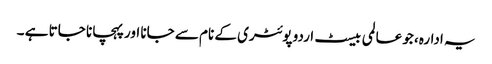
یہ ادارہ، جو عالمی بیسٹ اردو پوئٹری کے نام سے جانا اور پہچانا جاتا ہے ۔